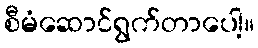
စီမံဆောင်ရွက်တာပေါ့။